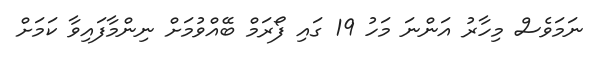
ނަމަވެސް މިހާރު އަންނަ މަހު 19 ގައި ފޯރަމް ބޭއްވުމަށް ނިންމާފައިވާ ކަމަށް